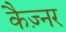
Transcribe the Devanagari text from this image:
कैज़्नर